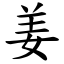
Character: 姜